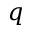
q